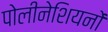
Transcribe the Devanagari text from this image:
पोलीनेशियनों